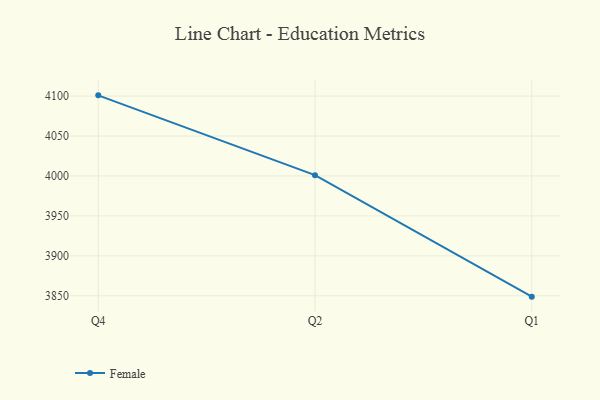
{"axis": {"x": "Quarter", "y": "Conversion Rate (%)"}, "legend": ["Female"], "data": [{"x": "Q4", "y": 4100.9, "type": "Female"}, {"x": "Q2", "y": 4001.0, "type": "Female"}, {"x": "Q1", "y": 3848.9, "type": "Female"}]}